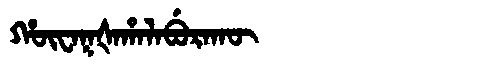
Manchu: ᡥᡡᠸᠠᡴᡧᠠᡥᠠᠯᠠᠪᡠᡵᠠᡴᡡ
Romanization: HŪWAKŠAHALABURAKŪ